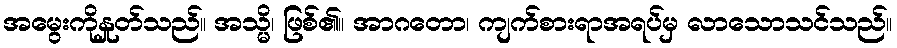
အမွေးကိုနှုတ်သည်။ အသ္မိ၊ ဖြစ်၏။ အာဂတော၊ ကျက်စားရာအရပ်မှ လာသောသင်သည်။